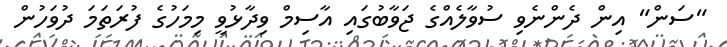
"ސަން" އިން ދެންނެވި ސުވާލެއްގެ ޖަވާބުގައި އާސިމް ވިދާޅުވީ މިމަހުގެ ފުރަތަމަ ދުވަހުން